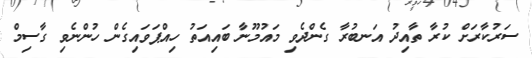
ސަރުކާރަށް ކުރާ ތާއިދު އަނބުރާ ގެންދެވި މައުމޫނާ ބައިއަތު ހިއްޕަވައިގެން ހުންނެވި ގާސިމް